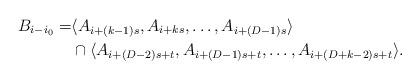
LaTeX: \begin{align*} B_{i-i_0} = &\langle A_{i+(k-1)s}, A_{i+ks},\ldots, A_{i+(D-1)s} \rangle \\ &\cap \langle A_{i+(D-2)s+t}, A_{i+(D-1)s+t}, \ldots, A_{i+(D+k-2)s + t} \rangle.\end{align*}